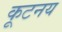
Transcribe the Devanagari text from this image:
कूटनय